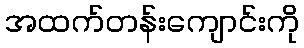
အထက်တန်းကျောင်းကို